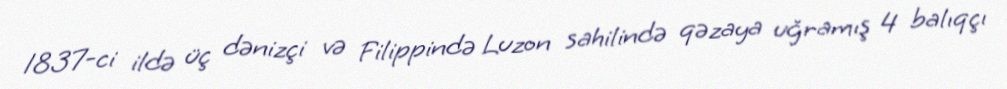
1837-ci ildə üç dənizçi və Filippində Luzon sahilində qəzaya uğramış 4 balıqçı